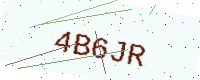
Text: 4B6JR